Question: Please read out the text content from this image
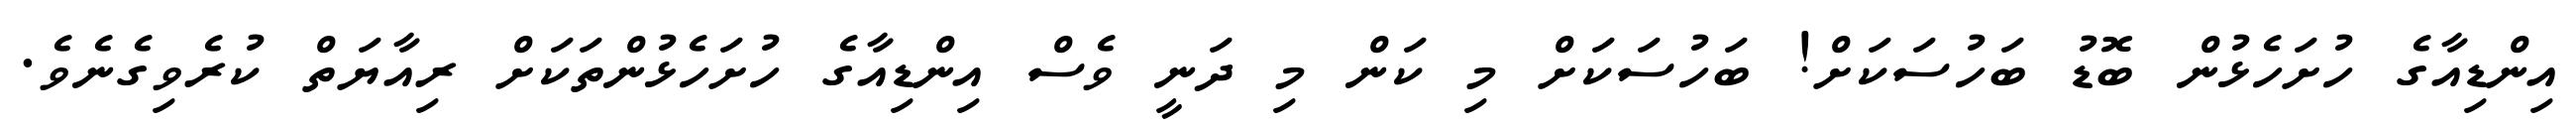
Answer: އިންޑިއާގެ ހުށަހެޅުން ބޮޑު ބަހުސަކަށް! ބަހުސަކަށް މި ކަން މި ދަނީ ވެސް އިންޑިއާގެ ހުށަހެޅުންތަކަށް ރިއާޔަތް ކުރެވިގެނެވެ.